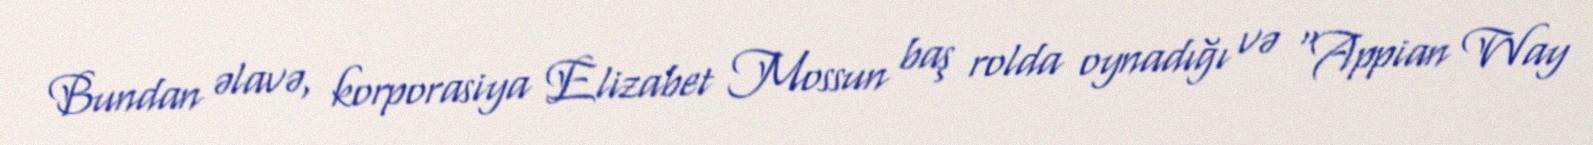
Bundan əlavə, korporasiya Elizabet Mossun baş rolda oynadığı və “Appian Way